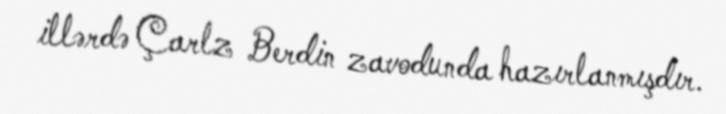
illərdə Çarlz Berdin zavodunda hazırlanmışdır.